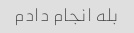
بله انجام دادم